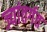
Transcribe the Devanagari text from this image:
ज्यांतर्गत